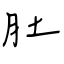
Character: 肚